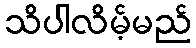
သိပါလိမ့်မည်